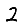
Digit: 2